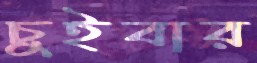
চুইবার